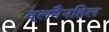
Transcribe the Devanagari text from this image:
वूलमैनहिल